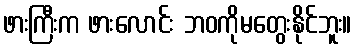
ဖားကြီးက ဖားလောင်း ဘဝကိုမတွေးနိုင်ဘူး။